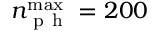
n _ { \mathrm { ~ p ~ h ~ } } ^ { \operatorname* { m a x } } = 2 0 0